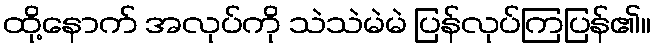
ထို့နောက် အလုပ်ကို သဲသဲမဲမဲ ပြန်လုပ်ကြပြန်၏။